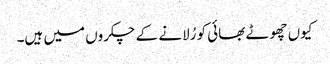
کیوں چھوٹے بھائی کو رُلانے کے چکروں میں ہیں۔